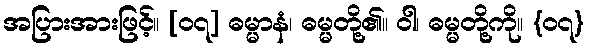
အပြားအားဖြင့်။ [၀၇] ဓမ္မာနံ၊ ဓမ္မတို့၏။ ဝါ၊ ဓမ္မတို့ကို။ {၀၇}